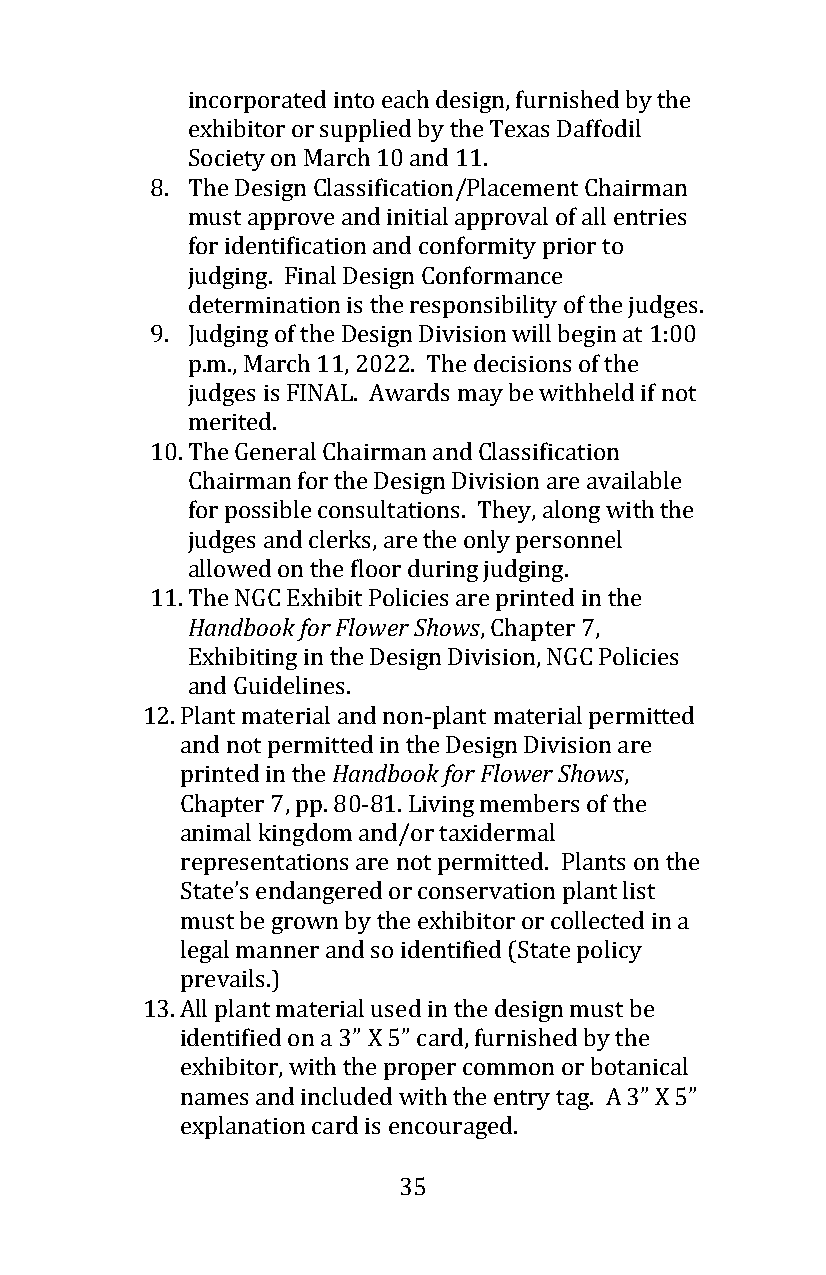
incorporated into each design, furnished by the
 exhibitor or supplied by the Texas Daffodil
 Society on March 10 and 11.
 8. The Design Classification/Placement Chairman
 must approve and initial approval of all entries
 for identification and conformity prior to
 judging. Final Design Conformance
 determination is the responsibility of the judges.
 9. Judging of the Design Division will begin at 1:00
 p.m., March 11, 2022. The decisions of the
 judges is FINAL. Awards may be withheld if not
 merited.
 10. The General Chairman and Classification
 Chairman for the Design Division are available
 for possible consultations. They, along with the
 judges and clerks, are the only personnel
 allowed on the floor during judging.
 11. The NGC Exhibit Policies are printed in the
 Handbook for Flower Shows, Chapter 7,
 Exhibiting in the Design Division, NGC Policies
 and Guidelines.
 12. Plant material and non-plant material permitted
 and not permitted in the Design Division are
 printed in the Handbook for Flower Shows,
 Chapter 7, pp. 80-81. Living members of the
 animal kingdom and/or taxidermal
 representations are not permitted. Plants on the
 State’s endangered or conservation plant list
 must be grown by the exhibitor or collected in a
 legal manner and so identified (State policy
 prevails.)
 13. All plant material used in the design must be
 identified on a 3” X 5” card, furnished by the
 exhibitor, with the proper common or botanical
 names and included with the entry tag. A 3” X 5”
 explanation card is encouraged.
 35